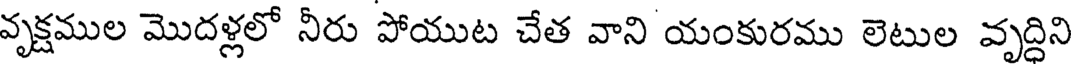
వృక్షముల మొదళ్లలో నీరు పోయుట చేత వాని యంకురము లెటుల వృద్దిని